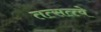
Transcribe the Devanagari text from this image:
तत्सत्त्वे